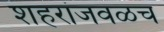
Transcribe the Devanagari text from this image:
शहरांजवळच